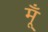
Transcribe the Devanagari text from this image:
मूँ